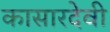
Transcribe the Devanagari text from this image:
कासारदेवी